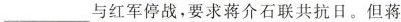
___与红军停战，要求蒋介石联共抗日。但蒋